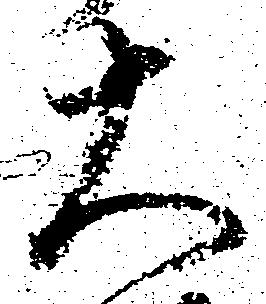
大